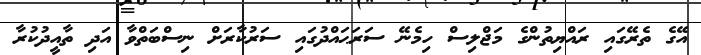
އޭގެ ތެރޭގައި ރައްޔިތުންގެ މަޖްލިސް ހިމެނޭ ސަރަޙައްދުގައި ސަރުކާރަށް ނިސްބަތްވާ އަދި ތާއީދުކުރާ